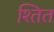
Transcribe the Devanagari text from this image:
श्तित